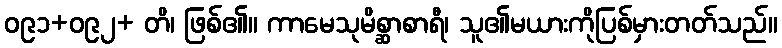
ဝ၉၁+ဝ၉၂+ တိ၊ ဖြစ်၏။ ကာမေသုမိစ္ဆာစာရီ၊ သူ၏မယားကိုပြစ်မှားတတ်သည်။